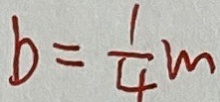
b = \frac { 1 } { 4 } m